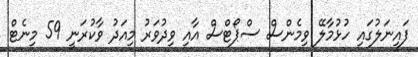
ފައިނަލުގައި ހުޅުމާލޭ ވިމެންސް ސްޕޯޓްސް އާއި ވިދުވަރު މިއަދު ވާކުރަނީ 59 މިނެޓް